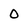
Character: 0